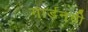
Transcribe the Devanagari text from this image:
गार्डनची